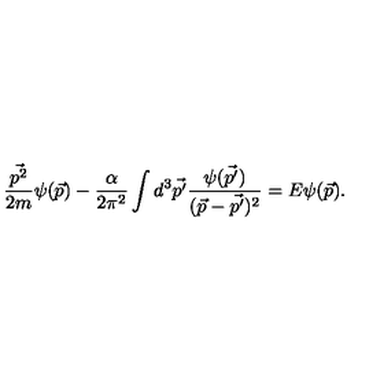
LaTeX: \frac { \vec { p ^ { 2 } } } { 2 m } \psi ( \vec { p } ) - \frac { \alpha } { 2 \pi ^ { 2 } } \int d ^ { 3 } \vec { p ^ { \prime } } \frac { \psi ( \vec { p ^ { \prime } } ) } { ( \vec { p } - \vec { p ^ { \prime } } ) ^ { 2 } } = E \psi ( \vec { p } ) .